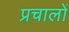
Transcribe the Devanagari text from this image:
प्रचालों